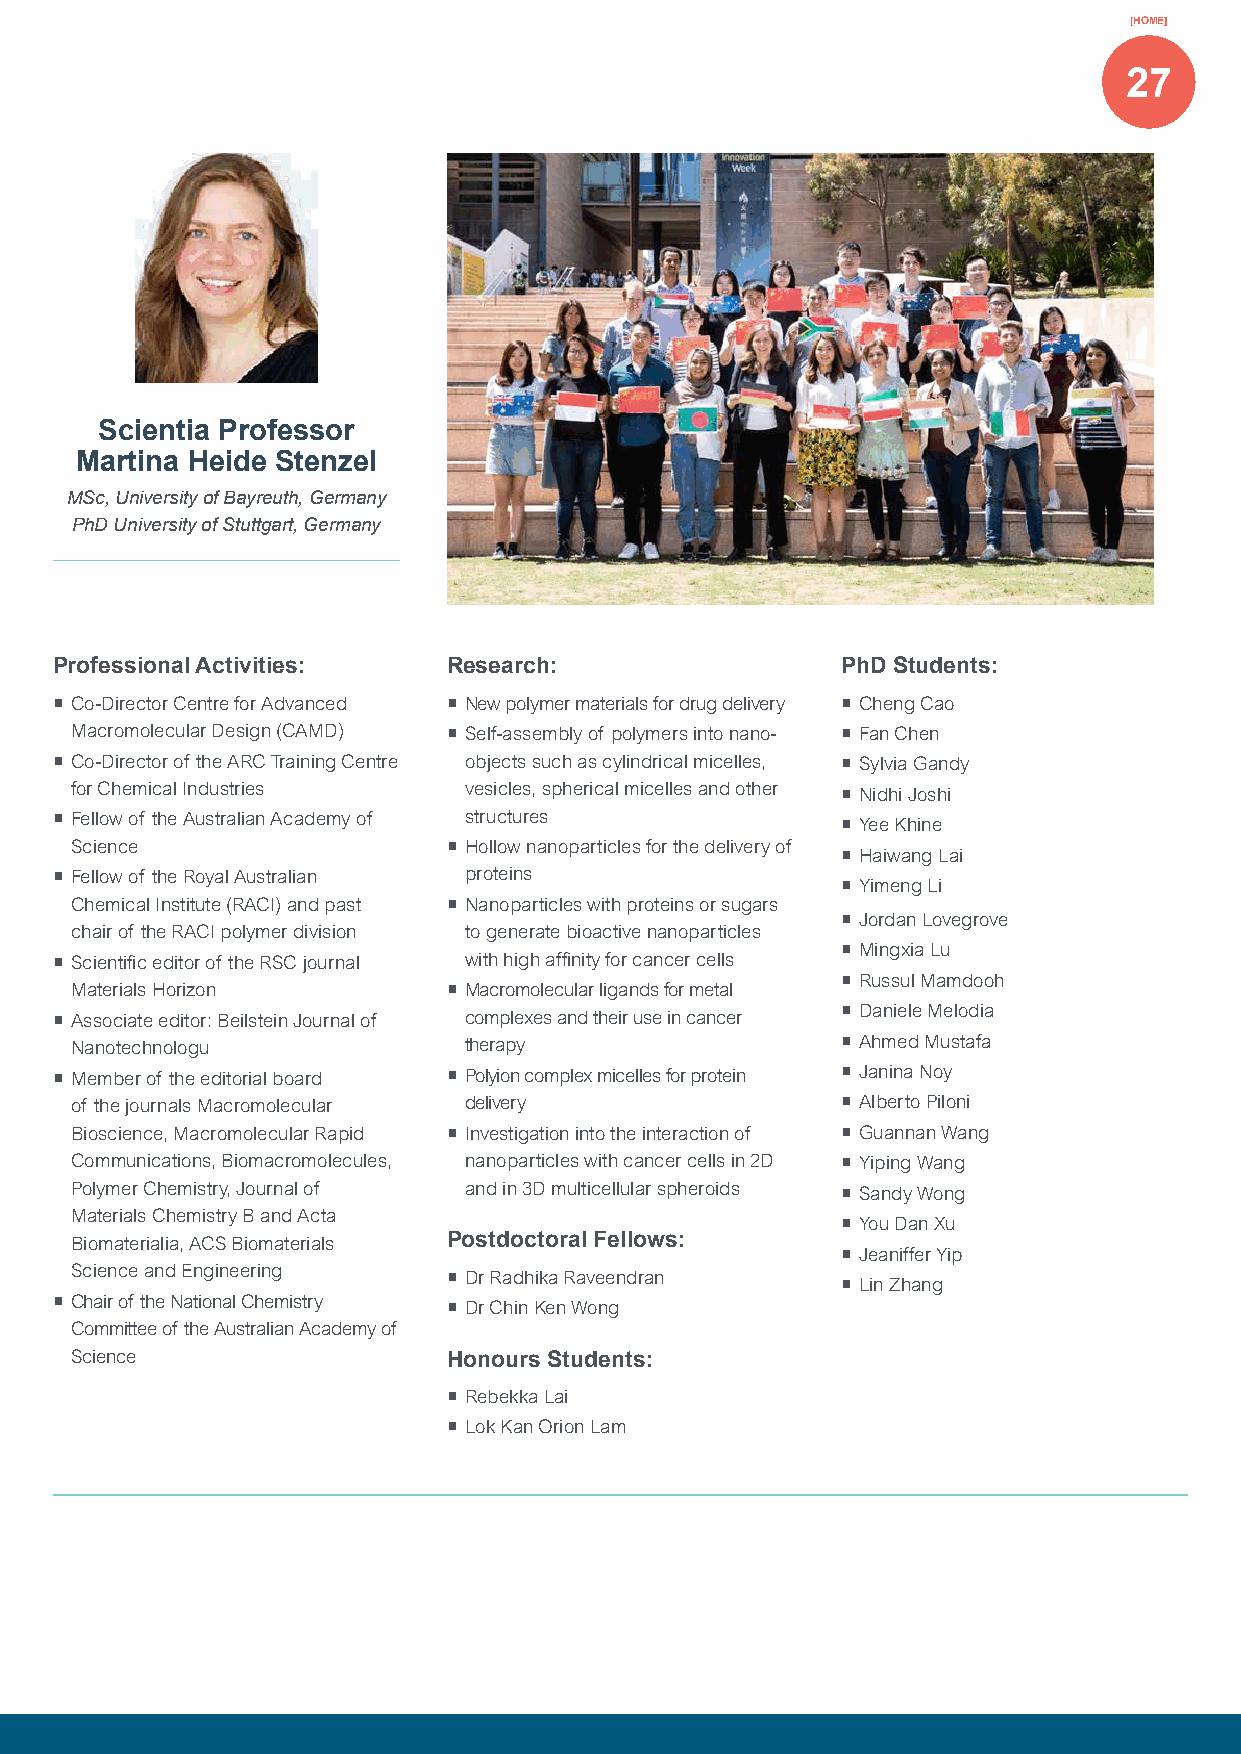
[HOME]
 27
 Scientia Professor
 Martina Heide Stenzel
 MSc, University of Bayreuth, Germany
 PhD University of Stuttgart, Germany
 Professional Activities:  Research:                 PhD Students:
 ¡ Co-Director Centre for Advanced ¡ New polymer materials for drug delivery ¡ Cheng Cao
 Macromolecular Design (CAMD) ¡ Self-assembly of polymers into nano- ¡ Fan Chen
 ¡ Co-Director of the ARC Training Centre objects such as cylindrical micelles, ¡ Sylvia Gandy
 for Chemical Industries   vesicles, spherical micelles and other ¡ Nidhi Joshi
 ¡ Fellow of the Australian Academy of structures    ¡ Yee Khine
 Science                  ¡ Hollow nanoparticles for the delivery of
 ¡ Haiwang Lai
 ¡ Fellow of the Royal Australian proteins
 ¡ Yimeng Li
 Chemical Institute (RACI) and past ¡ Nanoparticles with proteins or sugars
 ¡ Jordan Lovegrove
 chair of the RACI polymer division to generate bioactive nanoparticles
 ¡ Mingxia Lu
 ¡ Scientific editor of the RSC journal with high affinity for cancer cells
 ¡ Russul Mamdooh
 Materials Horizon        ¡ Macromolecular ligands for metal
 ¡ Daniele Melodia
 ¡ Associate editor: Beilstein Journal of complexes and their use in cancer
 Nanotechnologu            therapy                  ¡ Ahmed Mustafa
 ¡ Member of the editorial board ¡ Polyion complex micelles for protein ¡ Janina Noy
 of the journals Macromolecular delivery            ¡ Alberto Piloni
 Bioscience, Macromolecular Rapid ¡ Investigation into the interaction of ¡ Guannan Wang
 Communications, Biomacromolecules, nanoparticles with cancer cells in 2D ¡ Yiping Wang
 Polymer Chemistry, Journal of and in 3D multicellular spheroids ¡ Sandy Wong
 Materials Chemistry B and Acta
 ¡ You Dan Xu
 Biomaterialia, ACS Biomaterials Postdoctoral Fellows:
 ¡ Jeaniffer Yip
 Science and Engineering  ¡ Dr Radhika Raveendran
 ¡ Lin Zhang
 ¡ Chair of the National Chemistry ¡ Dr Chin Ken Wong
 Committee of the Australian Academy of
 Science                  Honours Students:
 ¡ Rebekka Lai
 ¡ Lok Kan Orion Lam